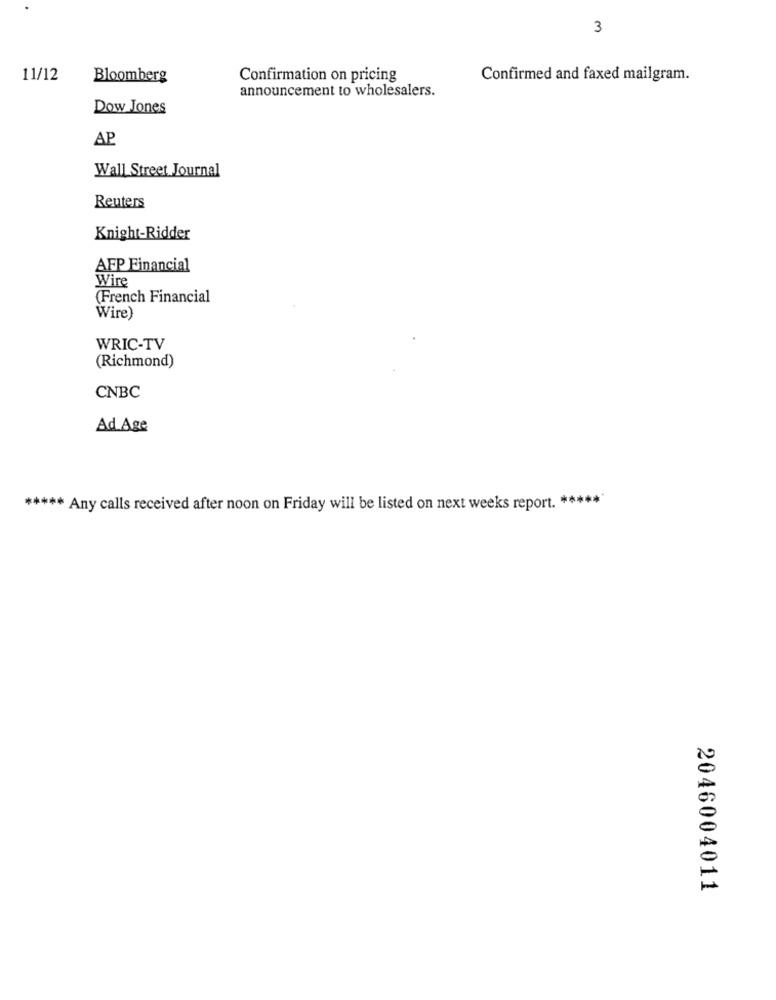
3
11/12
Bloomberg
Confirmation on pricing
Confirmed and faxed mailgram.
announcement to wholesalers.
Dow Jones
AP
Wall Street Journal
Reuters
Knight-Ridder
AFP Financial
Wire
(French Financial
Wire)
WRIC-TV
(Richmond)
CNBC
Ad Age
***** Any calls received after noon on Friday will be listed on next weeks report. ******
2046004011